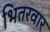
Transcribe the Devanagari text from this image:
भितरवार